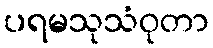
ပရမသုသံဝုတာ